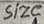
Text: size